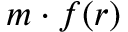
m \cdot f ( r )